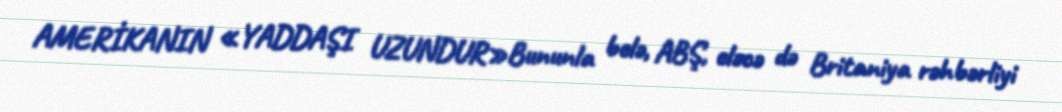
AMERİKANIN «YADDAŞI UZUNDUR»Bununla belə, ABŞ, eləcə də Britaniya rəhbərliyi